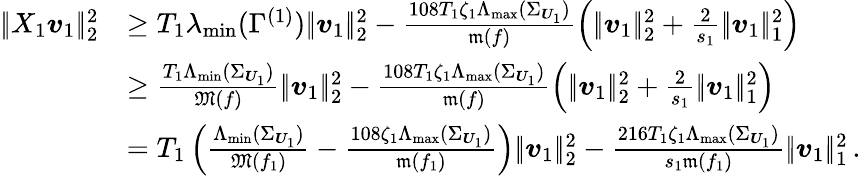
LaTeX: \begin{array}{rl}{|\! |X_{1}\boldsymbol{v}_{1}|\! |_{2}^{2}}&{\geq T_{1}\lambda_{\operatorname*{min}}(\Gamma^{(1)})|\! |\boldsymbol{v}_{1}|\! |_{2}^{2}-\frac{108T_{1}\zeta_{1}\Lambda_{\operatorname*{max}}(\Sigma_{\boldsymbol{U}_{1}})}{\mathfrak m(f)}\left(|\! |\boldsymbol{v}_{1}|\! |_{2}^{2}+\frac 2{s_{1}}|\! |\boldsymbol{v}_{1}|\! |_{1}^{2}\right)}\\ &{\geq\frac{T_{1}\Lambda_{\operatorname*{min}}(\Sigma_{\boldsymbol{U}_{1}})}{\mathfrak M(f)}|\! |\boldsymbol{v}_{1}|\! |_{2}^{2}-\frac{108T_{1}\zeta_{1}\Lambda_{\operatorname*{max}}(\Sigma_{\boldsymbol{U}_{1}})}{\mathfrak m(f)}\left(|\! |\boldsymbol{v}_{1}|\! |_{2}^{2}+\frac 2{s_{1}}|\! |\boldsymbol{v}_{1}|\! |_{1}^{2}\right)}\\ &{=T_{1}\left(\frac{\Lambda_{\operatorname*{min}}(\Sigma_{\boldsymbol{U}_{1}})}{\mathfrak M(f_{1})}-\frac{108\zeta_{1}\Lambda_{\operatorname*{max}}(\Sigma_{\boldsymbol{U}_{1}})}{\mathfrak m(f_{1})}\right)|\! |\boldsymbol{v}_{1}|\! |_{2}^{2}-\frac{216T_{1}\zeta_{1}\Lambda_{\operatorname*{max}}(\Sigma_{\boldsymbol{U}_{1}})}{s_{1}\mathfrak m(f_{1})}|\! |\boldsymbol{v}_{1}|\! |_{1}^{2}\, .}\end{array}